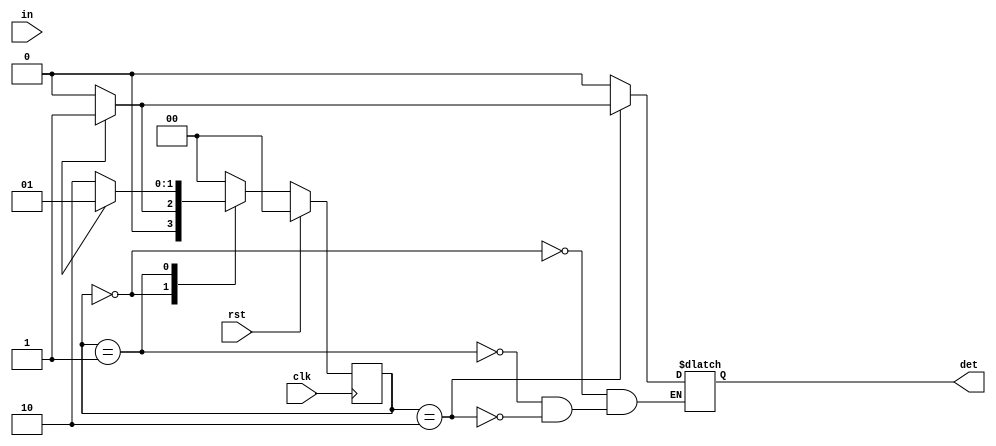
module mealy_non_overlapping_seq_det(det,in,clk,rst);
  input in,clk,rst;
  output reg det;
  reg [1:0]pr_state,nx_state;
  parameter s1 = 2'b00,s2 = 2'b01,s3 = 2'b10; 
  always@(posedge clk)
    begin
      if(rst)
        pr_state <= s1;
      else
        pr_state <= nx_state;
    end
  always@(ip,pr_state)
    begin
      case (pr_state)
        s1:
          begin
            if(ip) nx_state=s2;
            else nx_state = s1;
          end
        s2:
          begin
            if(ip) nx_state=s2;
            else nx_state = s3;
          end

        s3:
          begin
          nx_state = s1;
          end
        default: nx_state = s1;
      endcase
    end
  always@(ip,pr_state)
    begin
      case (pr_state)
        s1: det = 1'b0;
        s2: det = 1'b0;
        s3: 
          begin 
            if(ip)
              det = 1'b1;
            else
              det = 1'b0;
          end
      endcase
    end
endmodule